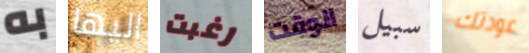
به اليها رغبت الوقت سبيل عودتك